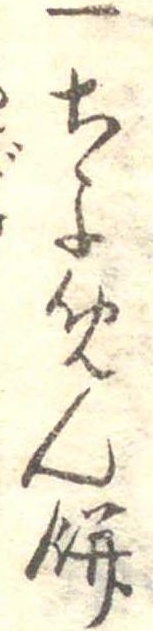
一ちよめん餅